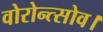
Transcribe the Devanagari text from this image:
वोरोन्त्सोव।